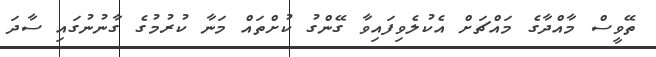
ތޭވީސް މާއްދާގެ މައްޗަށް އެކުލެވިފައިވާ ގޭންގު ކުށްތައް މަނާ ކުރުމުގެ ގާނުނުގައި ސާދަ